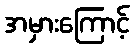
အမှားကြောင့်